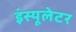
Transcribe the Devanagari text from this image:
इंस्यूलेटर